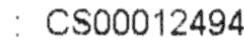
: CS00012494